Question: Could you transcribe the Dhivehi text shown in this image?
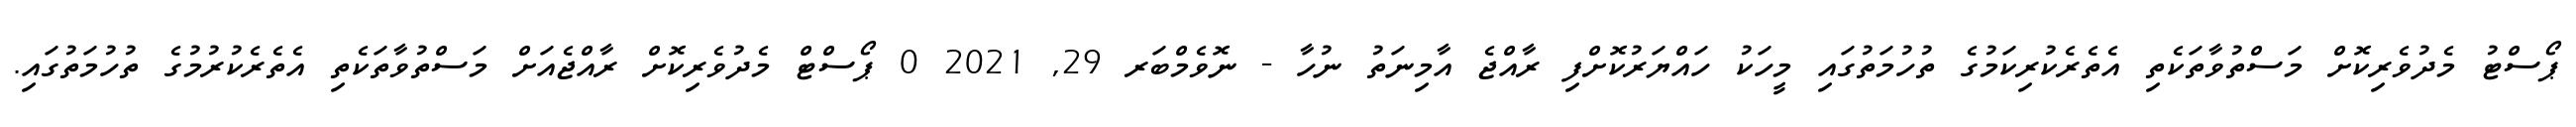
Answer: ޕޯސްޓު މެދުވެރިކޮށް މަސްތުވާތަކެތި އެތެރެކުރިކަމުގެ ތުހުމަތުގައި މީހަކު ހައްޔަރުކޮށްފި ރާއްޖެ އާމިނަތު ނުހާ - ނޮވެމްބަރ 29, 2021 0 ޕޯސްޓް މެދުވެރިކޮށް ރާއްޖެއަށް މަސްތުވާތަކެތި އެތެރެކުރުމުގެ ތުހުމަތުގައި.